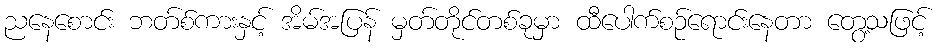
ညနေစောင်း ဘတ်စ်ကားနှင့် အိမ်အပြန် မှတ်တိုင်တစ်ခုမှာ ထီပေါက်စဉ်ရောင်းနေတာ တွေ့သဖြင့်